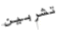
تشربين